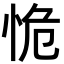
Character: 恑